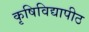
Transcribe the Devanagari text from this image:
कृषिविद्यापीठ